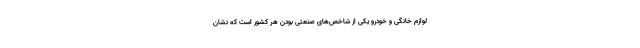
لوازم خانگی و خودرو یکی از شاخص‌های صنعتی بودن هر کشور است که نشان